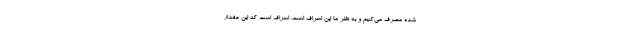
شده مصرف می‌کنیم و به نظر ما این اسراف است. اسراف است که این مقدار